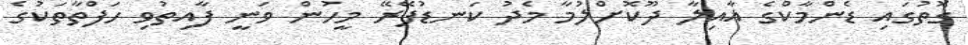
ގޮތުގައި ޑެންމާކްގެ އާއިލާ ދޫކޮށްލުމާ މެދު ކަނޑުފޭރޭ މީހުން ވަނީ ފާއިތުވި ހަފްތާތަކުގެ